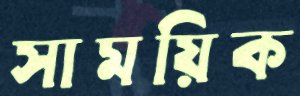
সাময়িক